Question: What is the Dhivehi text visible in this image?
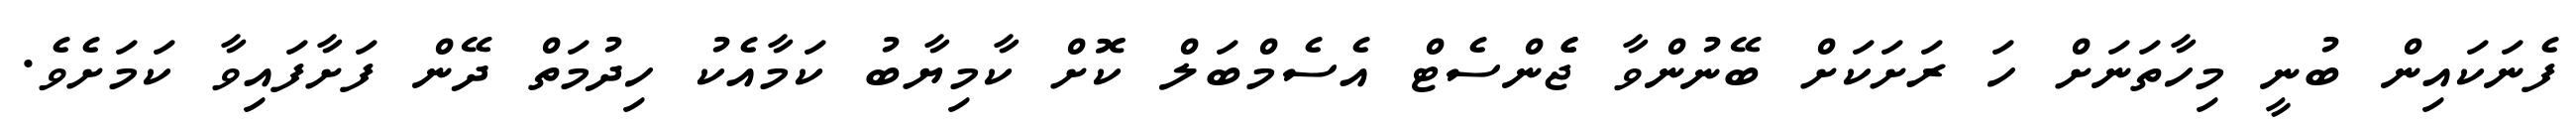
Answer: ފެނަކައިން ބުނީ މިހާތަނަށް ހަ ރަށަކަށް ބޭނުންވާ ޖެެންސެޓް އެސެމްބަލް ކޮށް ކާމިޔާބު ކަމާއެކު ހިދުމަތް ދޭން ފަށާފައިވާ ކަމަށެވެ.